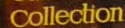
collection